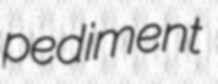
pediment